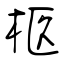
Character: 柩